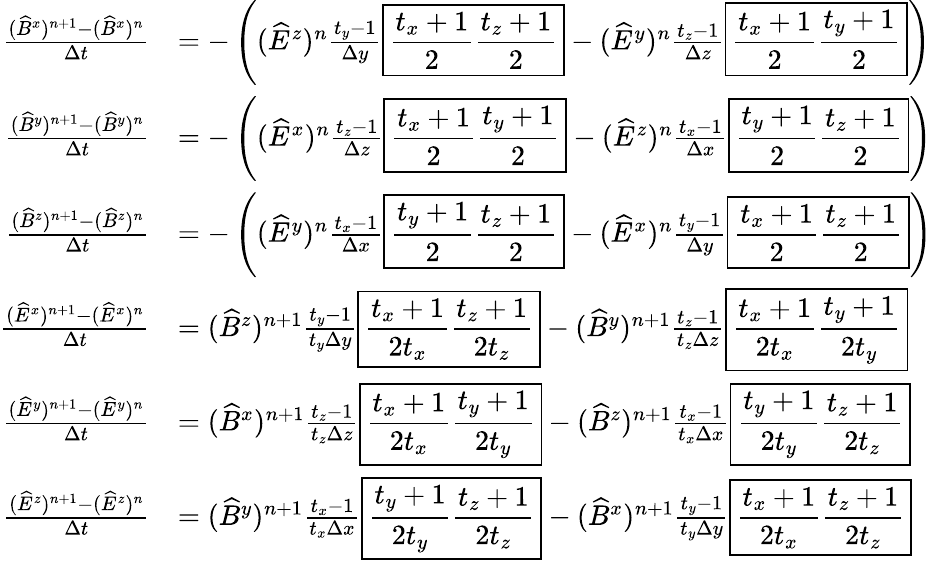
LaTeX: \begin{array}{rl}{\frac{(\widehat B^{x})^{n+1}-(\widehat B^{x})^{n}}{\Delta t}}&{=-\left((\widehat E^{z})^{n}\frac{t_{y}-1}{\Delta y}\boxed{\frac{t_{x}+1}{2}\frac{t_{z}+1}{2}}-(\widehat E^{y})^{n}\frac{t_{z}-1}{\Delta z}\boxed{\frac{t_{x}+1}{2}\frac{t_{y}+1}{2}}\right)}\\ {\frac{(\widehat B^{y})^{n+1}-(\widehat B^{y})^{n}}{\Delta t}}&{=-\left((\widehat E^{x})^{n}\frac{t_{z}-1}{\Delta z}\boxed{\frac{t_{x}+1}{2}\frac{t_{y}+1}{2}}-(\widehat E^{z})^{n}\frac{t_{x}-1}{\Delta x}\boxed{\frac{t_{y}+1}{2}\frac{t_{z}+1}{2}}\right)}\\ {\frac{(\widehat B^{z})^{n+1}-(\widehat B^{z})^{n}}{\Delta t}}&{=-\left((\widehat E^{y})^{n}\frac{t_{x}-1}{\Delta x}\boxed{\frac{t_{y}+1}{2}\frac{t_{z}+1}{2}}-(\widehat E^{x})^{n}\frac{t_{y}-1}{\Delta y}\boxed{\frac{t_{x}+1}{2}\frac{t_{z}+1}{2}}\right)}\\ {\frac{(\widehat E^{x})^{n+1}-(\widehat E^{x})^{n}}{\Delta t}}&{=(\widehat B^{z})^{n+1}\frac{t_{y}-1}{t_{y}\Delta y}\boxed{\frac{t_{x}+1}{2t_{x}}\frac{t_{z}+1}{2t_{z}}}-(\widehat B^{y})^{n+1}\frac{t_{z}-1}{t_{z}\Delta z}\boxed{\frac{t_{x}+1}{2t_{x}}\frac{t_{y}+1}{2t_{y}}}}\\ {\frac{(\widehat E^{y})^{n+1}-(\widehat E^{y})^{n}}{\Delta t}}&{=(\widehat B^{x})^{n+1}\frac{t_{z}-1}{t_{z}\Delta z}\boxed{\frac{t_{x}+1}{2t_{x}}\frac{t_{y}+1}{2t_{y}}}-(\widehat B^{z})^{n+1}\frac{t_{x}-1}{t_{x}\Delta x}\boxed{\frac{t_{y}+1}{2t_{y}}\frac{t_{z}+1}{2t_{z}}}}\\ {\frac{(\widehat E^{z})^{n+1}-(\widehat E^{z})^{n}}{\Delta t}}&{=(\widehat B^{y})^{n+1}\frac{t_{x}-1}{t_{x}\Delta x}\boxed{\frac{t_{y}+1}{2t_{y}}\frac{t_{z}+1}{2t_{z}}}-(\widehat B^{x})^{n+1}\frac{t_{y}-1}{t_{y}\Delta y}\boxed{\frac{t_{x}+1}{2t_{x}}\frac{t_{z}+1}{2t_{z}}}}\end{array}